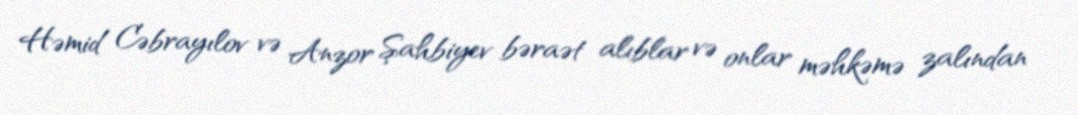
Həmid Cəbrayılov və Anzor Şahbiyev bəraət alıblar və onlar məhkəmə zalından